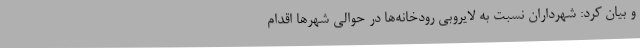
و بیان کرد: شهرداران نسبت به لایروبی رودخانه‌ها در حوالی شهرها اقدام